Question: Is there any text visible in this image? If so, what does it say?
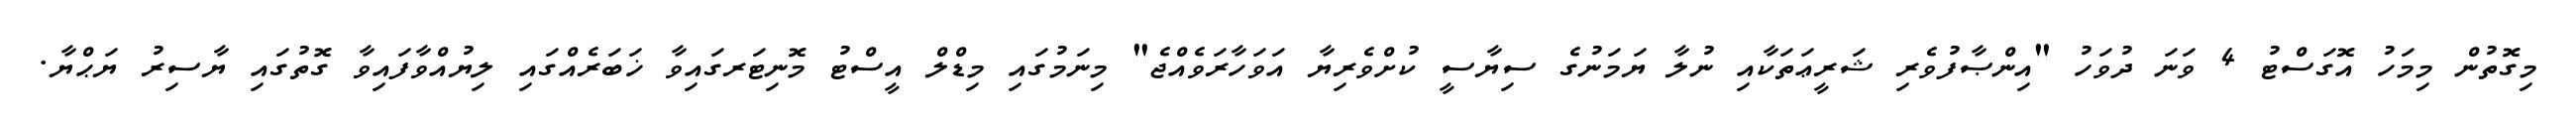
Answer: މިގޮތުން މިމަހު އޮގަސްޓު 4 ވަނަ ދުވަހު "އިންޞާފުވެރި ޝަރީޢަތަކާއި ނުލާ ޔަމަނުގެ ސިޔާސީ ކުށްވެރިޔާ އަވަހާރަވެއްޖެ" މިނަމުގައި މިޑްލް އީސްޓު މޮނިޓަރގައިވާ ޚަބަރެއްގައި ލިޔުއްވާފައިވާ ގޮތުގައި ޔާސިރު ޔަޙްޔާ.